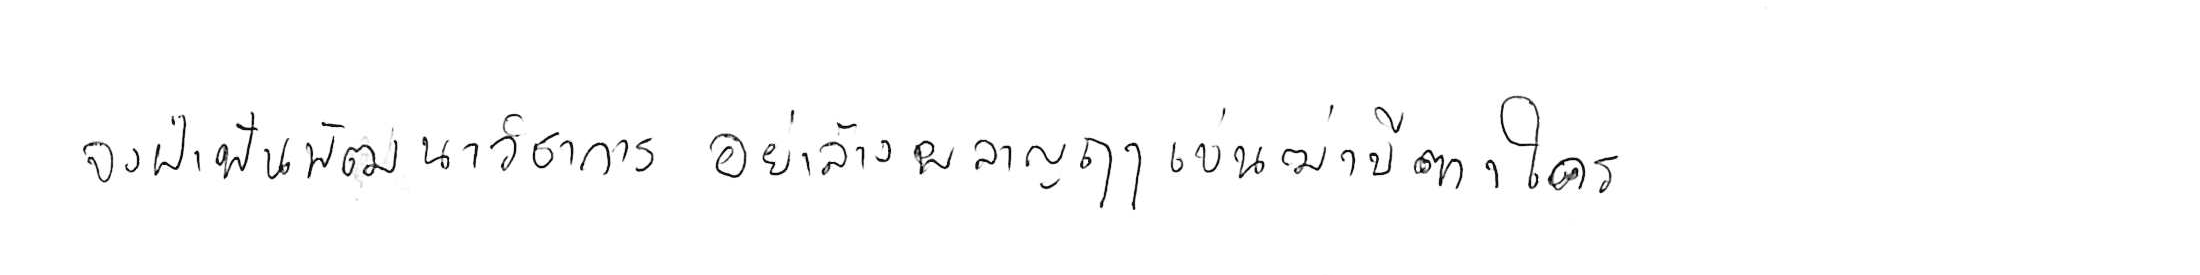
จงฝ่าฟันพัฒนาวิชาการ อย่าล้างผลาญฤๅเข่นฆ่าบีฑาใคร